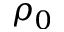
\rho _ { 0 }